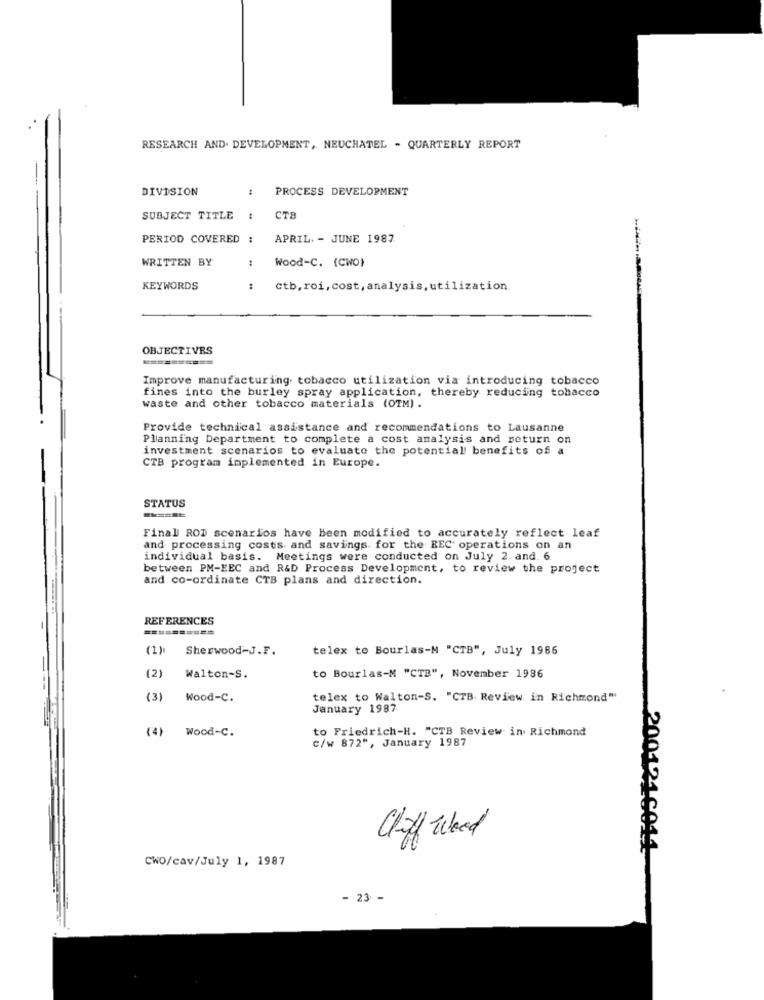
RESEARCH AND DEVELOPMENT, NEUCHATEL - QUARTERLY REPORT
DIVISION
1
PROCESS DEVELOPMENT
SUBJECT TITLE
CTE
PERIOD COVERED
APRIL. - JUNE 1987.
WRITTEN BY
Wood-C. (CWO)
KEYWORDS
ctb, roi, cost, analysis, utilization
OBJECTIVES
Improve manufacturing tobacco utilization via introducing tobacco
fines into the burley spray application, thereby reducing tobacco
waste and other tobacco materials (OTM) .
Provide technical assistance and recommendations to Lausanne
Planning Department to complete a cost analysis and return on
investment scenarios to evaluate the potential benefits of a
CTB program implemented in Europe.
STATUS
======
Final ROD scenarios have been modified to accurately reflect leaf
and processing costs. and savings. for the REC operations on an
individual basis. Meetings were conducted on July 2. and. 6.
between PM-EEC and R&D Process Development, to review the project
and co-ordinate CTB plans and direction.
REFERENCES
==========
(1)
Sherwood-J.F.
telex to Bourlas-M "CTB", July 1986
(2)
Walton-S.
to Bourlas-M "CTB", November 1986
(3)
Wood-C.
telex to Walton-S. "CTB. Review in Richmond"
January 1987
(4)
Wood-C.
to Friedrich-H. "CTB Review in Richmond
c/w 872", January 1987
Cliff Wood
2001210014
CWO/cav/July 1, 1987
- 23 -